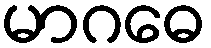
မာဂဓေ